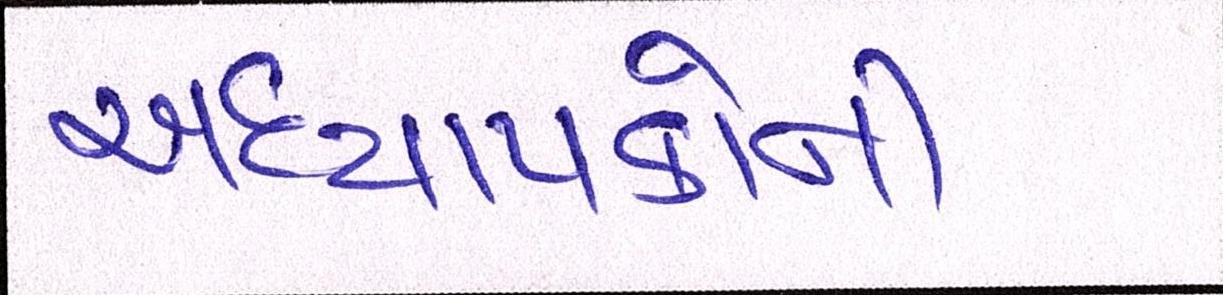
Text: અધ્યાપકોની